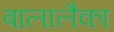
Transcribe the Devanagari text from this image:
बालालैका